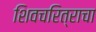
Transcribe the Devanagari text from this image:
शिवचरित्राचा